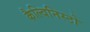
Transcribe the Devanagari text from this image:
कैल्विनिस्टो